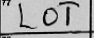
Transcription: LOT